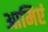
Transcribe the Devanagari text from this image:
आमिएं